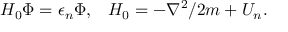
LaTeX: H _ { 0 } \Phi = \epsilon _ { n } \Phi , \; \; \; H _ { 0 } = - \nabla ^ { 2 } / 2 m + U _ { n } .